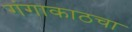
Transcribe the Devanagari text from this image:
गंगाकाठचा